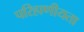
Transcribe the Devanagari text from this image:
परिहाणीयता